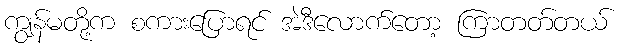
ကျွန်မတို့က စကားပြောရင် အဲဒီလောက်တော့ ကြာတတ်တယ်